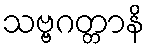
သဗ္ဗဂတ္တာနိ